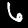
Label: 6